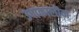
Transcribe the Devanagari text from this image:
उषाकालीन